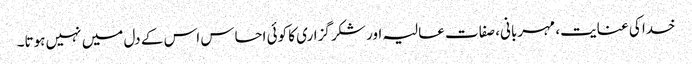
خدا کی عنایت، مہربانی، صفات عالیہ اور شکر گزاری کا کوئی احساس اس کے دل میں نہیں ہوتا۔